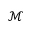
\mathcal { M }